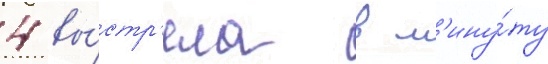
4 вы́стр'ела в м'ину́ту